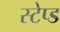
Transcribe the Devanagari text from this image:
स्टेप्ड